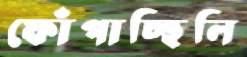
ফোঁপাচ্ছিলি